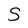
Character: S